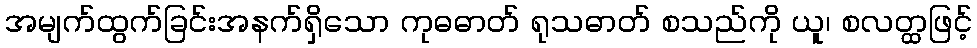
အမျက်ထွက်ခြင်းအနက်ရှိသော ကုဓဓာတ် ရုသဓာတ် စသည်ကို ယူ၊ စလတ္ထဖြင့်